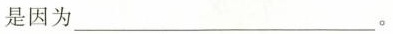
是因为___。